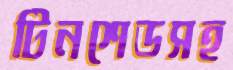
টিনশেডসহ